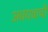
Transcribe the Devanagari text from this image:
अवयवाची